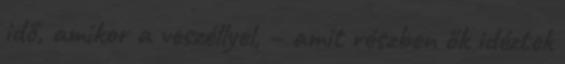
idő, amikor a veszéllyel, – amit részben ők idéztek